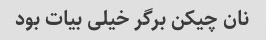
نان چیکن برگر خیلی بیات بود